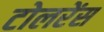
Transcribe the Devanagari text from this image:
टोलरेंस